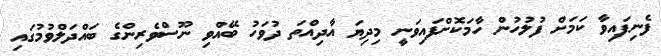
ފެނިފައިވާ ކަމަށް ފުލުހުން ހާމަކޮށްފައިވަނީ މިދިޔަ އާދިއްތަ ދުވަހު ބޭއްވި ނޫސްވެރިންގެ ބައްދަލްވުމުގައި